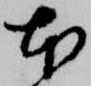
本